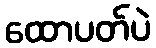
ထောပတ်ပဲ